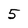
Character: 5